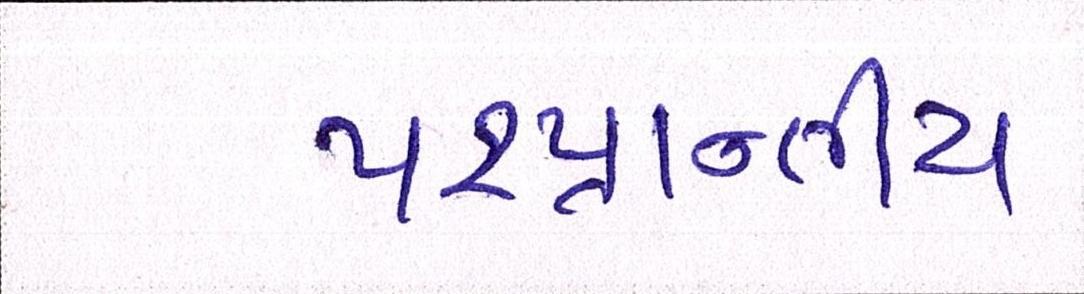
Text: પ૨પ્રાન્તીય